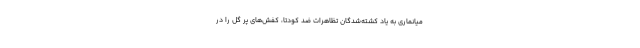
میانماری به یاد کشته‌شدگان تظاهرات ضد کودتا، کفش‌های پر گل را در